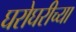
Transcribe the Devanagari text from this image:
घरोघरीच्या